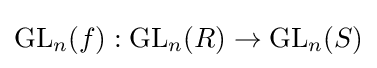
\operatorname {GL} _{n}(f):\operatorname {GL} _{n}(R)\to \operatorname {GL} _{n}(S)